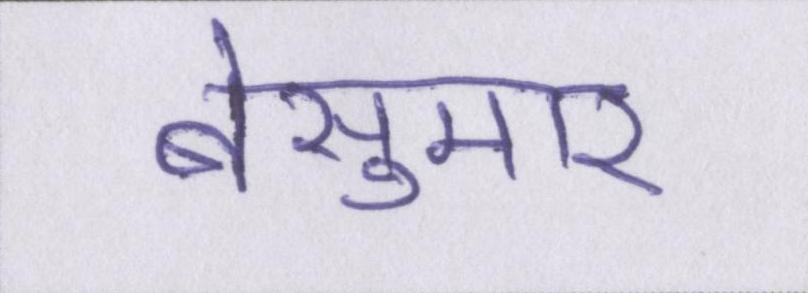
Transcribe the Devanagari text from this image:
बेसुमार